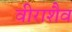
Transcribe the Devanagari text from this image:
वीराशैव